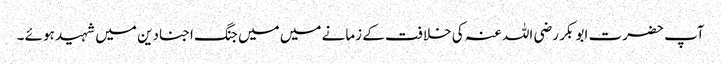
آپ حضرت ابو بکر رضی اللہ عنہ کی خلافت کے زمانے میں میں جنگ اجنادین میں شہید ہوئے ۔